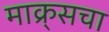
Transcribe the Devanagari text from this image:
माक्र्सचा